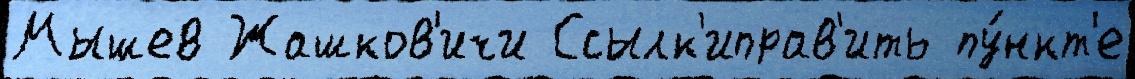
Мышев Жашков'ичи Ссылк'иправ'ить пу́нкт'е